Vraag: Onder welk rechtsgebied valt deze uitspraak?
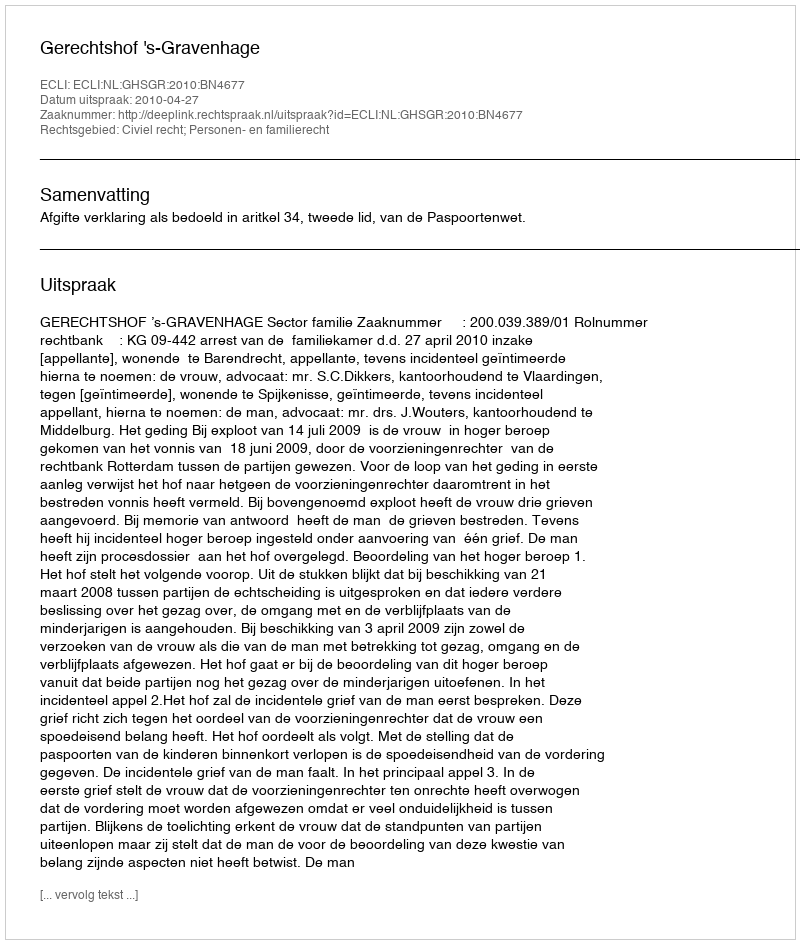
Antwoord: Civiel recht; Personen- en familierecht